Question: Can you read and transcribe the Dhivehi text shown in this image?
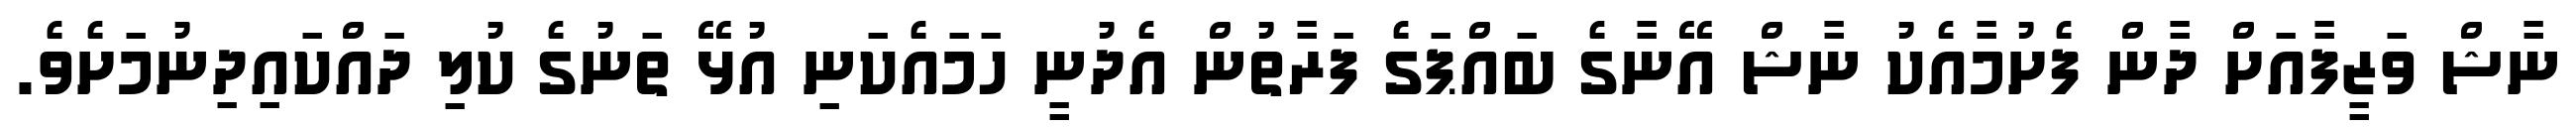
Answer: ނާޝް ވަޒީފާއަށް ދާން ފެށުމާއެކު ނާޝް އޭނާގެ ބައްޕަގެ ފަރާތުން އެދުނީ ހަމައެކަނި އުޅޭ ތަނުގެ ކުލި ދައްކައިދިނުމަށެވެ.